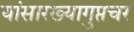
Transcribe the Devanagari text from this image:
यांसारख्यागुप्तचर